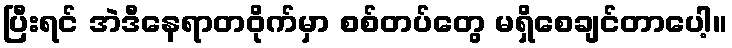
ပြီးရင် အဲဒီနေရာတဝိုက်မှာ စစ်တပ်တွေ မရှိစေချင်တာပေါ့။